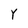
Character: Y